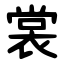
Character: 裳